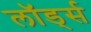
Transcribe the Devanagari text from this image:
लॉर्ड्‍स